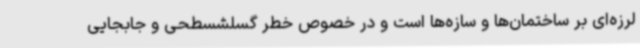
لرزه‌ای بر ساختمان‌ها و سازه‌ها است و در خصوص خطر گسلشسطحی و جابجایی